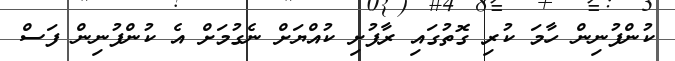
ކުންފުނިން ހާމަ ކުރި ގޮތުގައި ރާފުށި ކުއްޔަށް ނެގުމަށް އެ ކުންފުނިން ފަސް